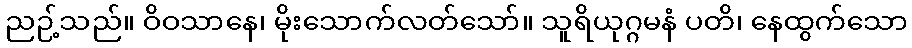
ညဉ့်သည်။ ဝိဝသာနေ၊ မိုးသောက်လတ်သော်။ သူရိယုဂ္ဂမနံ ပတိ၊ နေထွက်သော